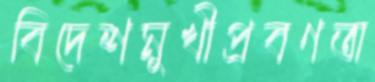
বিদেশমুখীপ্রবণতা